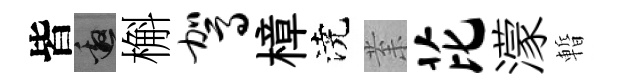
皆邀槲驾樟澆𭪙芘濛暫